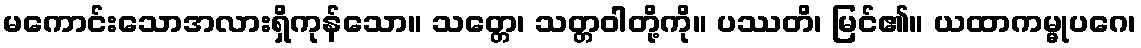
မကောင်းသောအလားရှိကုန်သော။ သတ္တေ၊ သတ္တဝါတို့ကို။ ပဿတိ၊ မြင်၏။ ယထာကမ္မုပဂေ၊